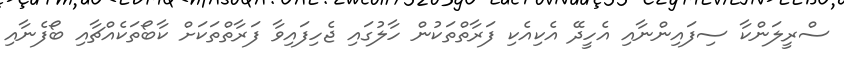
ސްރީލަންކާ ސިފައިންނާއި އެހީދޭ އެކިއެކި ފަރާތްތަކުން ހާލުގައި ޖެހިފައިވާ ފަރާތްތަކަށް ކާބޯތަކެއްޗާއި ބޯފެނާއި